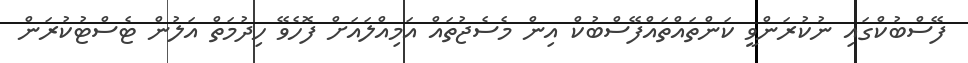
ފޭސްބުކްގައި ނުކުރަންވީ ކަންތައްތައްފޭސްބުކް އިން މެސެޖުތައް އަމިއްލައަށް ފޮހެވޭ ހިދުމަތް އަލުން ޓެސްޓުކުރަން